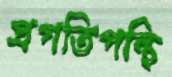
প্রগতিপন্থি